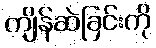
ကျိန်ဆဲခြင်းကို